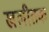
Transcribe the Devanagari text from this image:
खलीतक